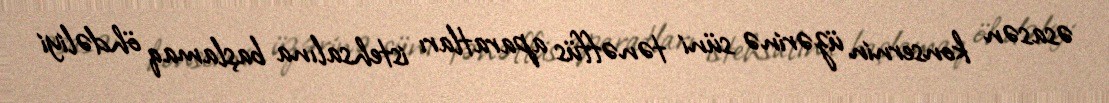
əsasən konsernin üzərinə süni tənəffüs aparatları istehsalına başlamaq öhdəliyi